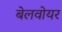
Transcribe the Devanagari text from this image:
बेलवोयर